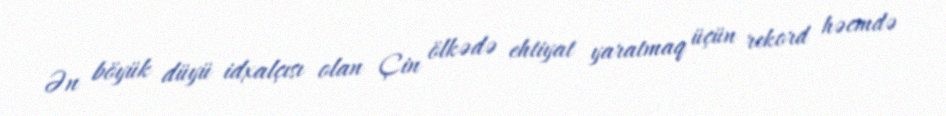
Ən böyük düyü idxalçısı olan Çin ölkədə ehtiyat yaratmaq üçün rekord həcmdə